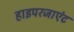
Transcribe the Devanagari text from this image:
हाइपरजाएंट